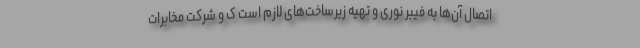
اتصال آن‌ها به فیبر نوری و تهیه زیرساخت‌های لازم است ک و شرکت مخابرات